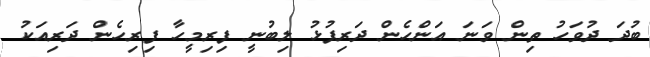
ބުދަ ދުވަހު ތިން ވަނަ އަންހެން ދަރިފުޅު ލިބުނީ ފިރިމީހާ ފިރިހެން ދަރިއަކު